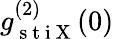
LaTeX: g_{\mathrm{~s~t~i~X~}}^{(2)}(0)